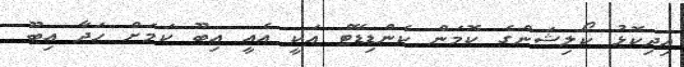
އިދިކޮޅު ކޯލިޝަންގެ ކޮމަން ކެންޑިޑޭޓް އަކީ އެއީ އިބޫ ކަމަށް ހަދާ އިބޫ